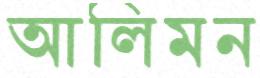
আলিমন